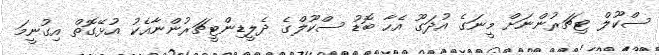
ސްކޫލް ޓިޗަރުންނަށް މީނަގެ އުދަގޫ އެހާ ބޮޑު ސްކޫލްގެ ދެލީޑިންޓީޗަރުންނާއެކު އުޅޭގޮތް އިގުނީމަ